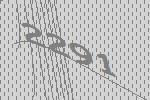
2291